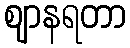
ဈာနရတာ